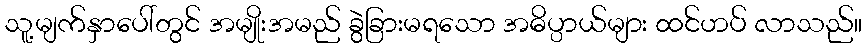
သူ့မျက်နှာပေါ်တွင် အမျိုးအမည် ခွဲခြားမရသော အဓိပ္ပာယ်များ ထင်ဟပ် လာသည်။